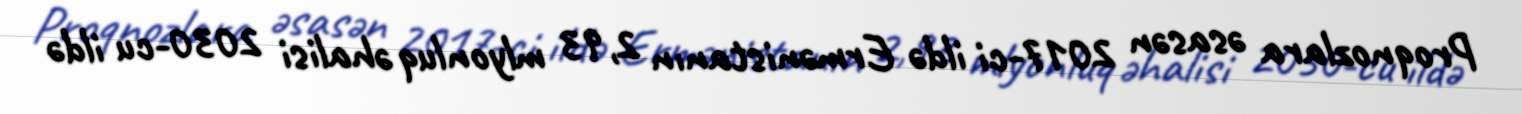
Proqnozlara əsasən 2017-ci ildə Ermənistanın 2,93 mlyonluq əhalisi 2030-cu ildə